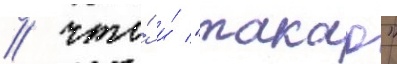
/ что́ и́ "такао"